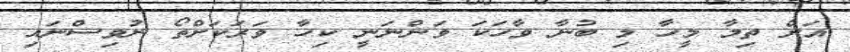
އަށް ތިމާ މީހާ މި ބުނާ ވާހަކަ ވަންނަނީ ކިހާ ވަރަކަށްތޯ ނުވިސްނައި